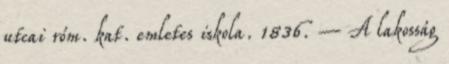
utcai róm. kat. emletes iskola. 1836. – A lakosság